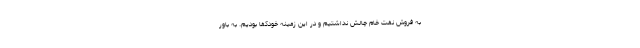
به فروش نفت خام چالش نداشتیم و در این زمینه خودکفا بودیم. به باور